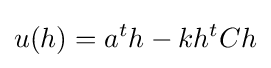
u(h)=a^{t}h-kh^{t}Ch